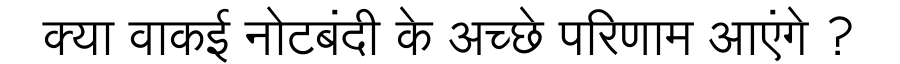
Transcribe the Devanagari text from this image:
क्या वाकई नोटबंदी के अच्छे परिणाम आएंगे ?